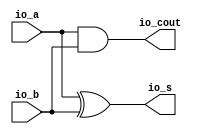
module HA( // @[:@3.2]
  output  io_s, // @[:@6.4]
  output  io_cout, // @[:@6.4]
  input   io_a, // @[:@6.4]
  input   io_b // @[:@6.4]
);
  assign io_s = io_a ^ io_b; // @[RA_Mul.scala 12:8:@11.4]
  assign io_cout = io_a & io_b; // @[RA_Mul.scala 11:11:@9.4]
endmodule
module FA( // @[:@13.2]
  output  io_s, // @[:@16.4]
  output  io_cout, // @[:@16.4]
  input   io_a, // @[:@16.4]
  input   io_b, // @[:@16.4]
  input   io_cin // @[:@16.4]
);
  wire  _T_15; // @[RA_Mul.scala 35:16:@18.4]
  wire  _T_17; // @[RA_Mul.scala 36:20:@21.4]
  wire  _T_18; // @[RA_Mul.scala 36:36:@22.4]
  wire  _T_19; // @[RA_Mul.scala 36:28:@23.4]
  wire  _T_20; // @[RA_Mul.scala 36:54:@24.4]
  assign _T_15 = io_a ^ io_b; // @[RA_Mul.scala 35:16:@18.4]
  assign _T_17 = io_a & io_b; // @[RA_Mul.scala 36:20:@21.4]
  assign _T_18 = io_a & io_cin; // @[RA_Mul.scala 36:36:@22.4]
  assign _T_19 = _T_17 | _T_18; // @[RA_Mul.scala 36:28:@23.4]
  assign _T_20 = io_b & io_cin; // @[RA_Mul.scala 36:54:@24.4]
  assign io_s = _T_15 ^ io_cin; // @[RA_Mul.scala 35:8:@20.4]
  assign io_cout = _T_19 | _T_20; // @[RA_Mul.scala 36:11:@26.4]
endmodule
module Reduction_4( // @[:@308.2]
  input   clock, // @[:@309.4]
  input   reset, // @[:@310.4]
  output  io_matrix_o_0_0, // @[:@311.4]
  output  io_matrix_o_0_1, // @[:@311.4]
  output  io_matrix_o_0_2, // @[:@311.4]
  output  io_matrix_o_0_3, // @[:@311.4]
  output  io_matrix_o_0_4, // @[:@311.4]
  output  io_matrix_o_0_5, // @[:@311.4]
  output  io_matrix_o_0_6, // @[:@311.4]
  output  io_matrix_o_0_7, // @[:@311.4]
  output  io_matrix_o_0_8, // @[:@311.4]
  output  io_matrix_o_0_9, // @[:@311.4]
  output  io_matrix_o_0_10, // @[:@311.4]
  output  io_matrix_o_0_11, // @[:@311.4]
  output  io_matrix_o_0_12, // @[:@311.4]
  output  io_matrix_o_0_13, // @[:@311.4]
  output  io_matrix_o_0_14, // @[:@311.4]
  output  io_matrix_o_0_15, // @[:@311.4]
  output  io_matrix_o_0_16, // @[:@311.4]
  output  io_matrix_o_0_17, // @[:@311.4]
  output  io_matrix_o_0_18, // @[:@311.4]
  output  io_matrix_o_0_19, // @[:@311.4]
  output  io_matrix_o_0_20, // @[:@311.4]
  output  io_matrix_o_0_21, // @[:@311.4]
  output  io_matrix_o_0_22, // @[:@311.4]
  output  io_matrix_o_0_23, // @[:@311.4]
  output  io_matrix_o_0_24, // @[:@311.4]
  output  io_matrix_o_0_25, // @[:@311.4]
  output  io_matrix_o_0_26, // @[:@311.4]
  output  io_matrix_o_0_27, // @[:@311.4]
  output  io_matrix_o_0_28, // @[:@311.4]
  output  io_matrix_o_0_29, // @[:@311.4]
  output  io_matrix_o_0_30, // @[:@311.4]
  output  io_matrix_o_0_31, // @[:@311.4]
  output  io_matrix_o_1_0, // @[:@311.4]
  output  io_matrix_o_1_1, // @[:@311.4]
  output  io_matrix_o_1_2, // @[:@311.4]
  output  io_matrix_o_1_3, // @[:@311.4]
  output  io_matrix_o_1_4, // @[:@311.4]
  output  io_matrix_o_1_5, // @[:@311.4]
  output  io_matrix_o_1_6, // @[:@311.4]
  output  io_matrix_o_1_7, // @[:@311.4]
  output  io_matrix_o_1_8, // @[:@311.4]
  output  io_matrix_o_1_9, // @[:@311.4]
  output  io_matrix_o_1_10, // @[:@311.4]
  output  io_matrix_o_1_11, // @[:@311.4]
  output  io_matrix_o_1_12, // @[:@311.4]
  output  io_matrix_o_1_13, // @[:@311.4]
  output  io_matrix_o_1_14, // @[:@311.4]
  output  io_matrix_o_1_15, // @[:@311.4]
  output  io_matrix_o_1_16, // @[:@311.4]
  output  io_matrix_o_1_17, // @[:@311.4]
  output  io_matrix_o_1_18, // @[:@311.4]
  output  io_matrix_o_1_19, // @[:@311.4]
  output  io_matrix_o_1_20, // @[:@311.4]
  output  io_matrix_o_1_21, // @[:@311.4]
  output  io_matrix_o_1_22, // @[:@311.4]
  output  io_matrix_o_1_23, // @[:@311.4]
  output  io_matrix_o_1_24, // @[:@311.4]
  output  io_matrix_o_1_25, // @[:@311.4]
  output  io_matrix_o_1_26, // @[:@311.4]
  output  io_matrix_o_1_27, // @[:@311.4]
  output  io_matrix_o_1_28, // @[:@311.4]
  output  io_matrix_o_1_29, // @[:@311.4]
  output  io_matrix_o_1_30, // @[:@311.4]
  output  io_matrix_o_1_31, // @[:@311.4]
  input   io_matrix_i_0_0, // @[:@311.4]
  input   io_matrix_i_0_1, // @[:@311.4]
  input   io_matrix_i_0_2, // @[:@311.4]
  input   io_matrix_i_0_3, // @[:@311.4]
  input   io_matrix_i_0_4, // @[:@311.4]
  input   io_matrix_i_0_5, // @[:@311.4]
  input   io_matrix_i_0_6, // @[:@311.4]
  input   io_matrix_i_0_7, // @[:@311.4]
  input   io_matrix_i_0_8, // @[:@311.4]
  input   io_matrix_i_0_9, // @[:@311.4]
  input   io_matrix_i_0_10, // @[:@311.4]
  input   io_matrix_i_0_11, // @[:@311.4]
  input   io_matrix_i_0_12, // @[:@311.4]
  input   io_matrix_i_0_13, // @[:@311.4]
  input   io_matrix_i_0_14, // @[:@311.4]
  input   io_matrix_i_0_15, // @[:@311.4]
  input   io_matrix_i_0_16, // @[:@311.4]
  input   io_matrix_i_0_17, // @[:@311.4]
  input   io_matrix_i_0_18, // @[:@311.4]
  input   io_matrix_i_0_19, // @[:@311.4]
  input   io_matrix_i_0_20, // @[:@311.4]
  input   io_matrix_i_0_21, // @[:@311.4]
  input   io_matrix_i_0_22, // @[:@311.4]
  input   io_matrix_i_0_23, // @[:@311.4]
  input   io_matrix_i_0_24, // @[:@311.4]
  input   io_matrix_i_0_25, // @[:@311.4]
  input   io_matrix_i_0_26, // @[:@311.4]
  input   io_matrix_i_0_27, // @[:@311.4]
  input   io_matrix_i_0_28, // @[:@311.4]
  input   io_matrix_i_0_29, // @[:@311.4]
  input   io_matrix_i_0_30, // @[:@311.4]
  input   io_matrix_i_0_31, // @[:@311.4]
  input   io_matrix_i_1_0, // @[:@311.4]
  input   io_matrix_i_1_1, // @[:@311.4]
  input   io_matrix_i_1_2, // @[:@311.4]
  input   io_matrix_i_1_3, // @[:@311.4]
  input   io_matrix_i_1_4, // @[:@311.4]
  input   io_matrix_i_1_5, // @[:@311.4]
  input   io_matrix_i_1_6, // @[:@311.4]
  input   io_matrix_i_1_7, // @[:@311.4]
  input   io_matrix_i_1_8, // @[:@311.4]
  input   io_matrix_i_1_9, // @[:@311.4]
  input   io_matrix_i_1_10, // @[:@311.4]
  input   io_matrix_i_1_11, // @[:@311.4]
  input   io_matrix_i_1_12, // @[:@311.4]
  input   io_matrix_i_1_13, // @[:@311.4]
  input   io_matrix_i_1_14, // @[:@311.4]
  input   io_matrix_i_1_15, // @[:@311.4]
  input   io_matrix_i_1_16, // @[:@311.4]
  input   io_matrix_i_1_17, // @[:@311.4]
  input   io_matrix_i_1_18, // @[:@311.4]
  input   io_matrix_i_1_19, // @[:@311.4]
  input   io_matrix_i_1_20, // @[:@311.4]
  input   io_matrix_i_1_21, // @[:@311.4]
  input   io_matrix_i_1_22, // @[:@311.4]
  input   io_matrix_i_1_23, // @[:@311.4]
  input   io_matrix_i_1_24, // @[:@311.4]
  input   io_matrix_i_1_25, // @[:@311.4]
  input   io_matrix_i_1_26, // @[:@311.4]
  input   io_matrix_i_1_27, // @[:@311.4]
  input   io_matrix_i_1_28, // @[:@311.4]
  input   io_matrix_i_1_29, // @[:@311.4]
  input   io_matrix_i_1_30, // @[:@311.4]
  input   io_matrix_i_1_31, // @[:@311.4]
  input   io_matrix_i_2_0, // @[:@311.4]
  input   io_matrix_i_2_1, // @[:@311.4]
  input   io_matrix_i_2_2, // @[:@311.4]
  input   io_matrix_i_2_3, // @[:@311.4]
  input   io_matrix_i_2_4, // @[:@311.4]
  input   io_matrix_i_2_5, // @[:@311.4]
  input   io_matrix_i_2_6, // @[:@311.4]
  input   io_matrix_i_2_7, // @[:@311.4]
  input   io_matrix_i_2_8, // @[:@311.4]
  input   io_matrix_i_2_9, // @[:@311.4]
  input   io_matrix_i_2_10, // @[:@311.4]
  input   io_matrix_i_2_11, // @[:@311.4]
  input   io_matrix_i_2_12, // @[:@311.4]
  input   io_matrix_i_2_13, // @[:@311.4]
  input   io_matrix_i_2_14, // @[:@311.4]
  input   io_matrix_i_2_15, // @[:@311.4]
  input   io_matrix_i_2_16, // @[:@311.4]
  input   io_matrix_i_2_17, // @[:@311.4]
  input   io_matrix_i_2_18, // @[:@311.4]
  input   io_matrix_i_2_19, // @[:@311.4]
  input   io_matrix_i_2_20, // @[:@311.4]
  input   io_matrix_i_2_21, // @[:@311.4]
  input   io_matrix_i_2_22, // @[:@311.4]
  input   io_matrix_i_2_23, // @[:@311.4]
  input   io_matrix_i_2_24, // @[:@311.4]
  input   io_matrix_i_2_25, // @[:@311.4]
  input   io_matrix_i_2_26, // @[:@311.4]
  input   io_matrix_i_2_27, // @[:@311.4]
  input   io_matrix_i_2_28, // @[:@311.4]
  input   io_matrix_i_2_29, // @[:@311.4]
  input   io_matrix_i_2_30, // @[:@311.4]
  input   io_matrix_i_2_31 // @[:@311.4]
);
  wire  HA_io_s; // @[RA_Mul.scala 18:21:@319.4]
  wire  HA_io_cout; // @[RA_Mul.scala 18:21:@319.4]
  wire  HA_io_a; // @[RA_Mul.scala 18:21:@319.4]
  wire  HA_io_b; // @[RA_Mul.scala 18:21:@319.4]
  wire  FA_io_s; // @[RA_Mul.scala 42:21:@328.4]
  wire  FA_io_cout; // @[RA_Mul.scala 42:21:@328.4]
  wire  FA_io_a; // @[RA_Mul.scala 42:21:@328.4]
  wire  FA_io_b; // @[RA_Mul.scala 42:21:@328.4]
  wire  FA_io_cin; // @[RA_Mul.scala 42:21:@328.4]
  wire  HA_1_io_s; // @[RA_Mul.scala 18:21:@337.4]
  wire  HA_1_io_cout; // @[RA_Mul.scala 18:21:@337.4]
  wire  HA_1_io_a; // @[RA_Mul.scala 18:21:@337.4]
  wire  HA_1_io_b; // @[RA_Mul.scala 18:21:@337.4]
  wire  HA_2_io_s; // @[RA_Mul.scala 18:21:@344.4]
  wire  HA_2_io_cout; // @[RA_Mul.scala 18:21:@344.4]
  wire  HA_2_io_a; // @[RA_Mul.scala 18:21:@344.4]
  wire  HA_2_io_b; // @[RA_Mul.scala 18:21:@344.4]
  wire  HA_3_io_s; // @[RA_Mul.scala 18:21:@351.4]
  wire  HA_3_io_cout; // @[RA_Mul.scala 18:21:@351.4]
  wire  HA_3_io_a; // @[RA_Mul.scala 18:21:@351.4]
  wire  HA_3_io_b; // @[RA_Mul.scala 18:21:@351.4]
  wire  HA_4_io_s; // @[RA_Mul.scala 18:21:@358.4]
  wire  HA_4_io_cout; // @[RA_Mul.scala 18:21:@358.4]
  wire  HA_4_io_a; // @[RA_Mul.scala 18:21:@358.4]
  wire  HA_4_io_b; // @[RA_Mul.scala 18:21:@358.4]
  wire  HA_5_io_s; // @[RA_Mul.scala 18:21:@365.4]
  wire  HA_5_io_cout; // @[RA_Mul.scala 18:21:@365.4]
  wire  HA_5_io_a; // @[RA_Mul.scala 18:21:@365.4]
  wire  HA_5_io_b; // @[RA_Mul.scala 18:21:@365.4]
  wire  HA_6_io_s; // @[RA_Mul.scala 18:21:@372.4]
  wire  HA_6_io_cout; // @[RA_Mul.scala 18:21:@372.4]
  wire  HA_6_io_a; // @[RA_Mul.scala 18:21:@372.4]
  wire  HA_6_io_b; // @[RA_Mul.scala 18:21:@372.4]
  wire  HA_7_io_s; // @[RA_Mul.scala 18:21:@379.4]
  wire  HA_7_io_cout; // @[RA_Mul.scala 18:21:@379.4]
  wire  HA_7_io_a; // @[RA_Mul.scala 18:21:@379.4]
  wire  HA_7_io_b; // @[RA_Mul.scala 18:21:@379.4]
  wire  FA_1_io_s; // @[RA_Mul.scala 42:21:@386.4]
  wire  FA_1_io_cout; // @[RA_Mul.scala 42:21:@386.4]
  wire  FA_1_io_a; // @[RA_Mul.scala 42:21:@386.4]
  wire  FA_1_io_b; // @[RA_Mul.scala 42:21:@386.4]
  wire  FA_1_io_cin; // @[RA_Mul.scala 42:21:@386.4]
  wire  FA_2_io_s; // @[RA_Mul.scala 42:21:@394.4]
  wire  FA_2_io_cout; // @[RA_Mul.scala 42:21:@394.4]
  wire  FA_2_io_a; // @[RA_Mul.scala 42:21:@394.4]
  wire  FA_2_io_b; // @[RA_Mul.scala 42:21:@394.4]
  wire  FA_2_io_cin; // @[RA_Mul.scala 42:21:@394.4]
  wire  FA_3_io_s; // @[RA_Mul.scala 42:21:@402.4]
  wire  FA_3_io_cout; // @[RA_Mul.scala 42:21:@402.4]
  wire  FA_3_io_a; // @[RA_Mul.scala 42:21:@402.4]
  wire  FA_3_io_b; // @[RA_Mul.scala 42:21:@402.4]
  wire  FA_3_io_cin; // @[RA_Mul.scala 42:21:@402.4]
  wire  FA_4_io_s; // @[RA_Mul.scala 42:21:@410.4]
  wire  FA_4_io_cout; // @[RA_Mul.scala 42:21:@410.4]
  wire  FA_4_io_a; // @[RA_Mul.scala 42:21:@410.4]
  wire  FA_4_io_b; // @[RA_Mul.scala 42:21:@410.4]
  wire  FA_4_io_cin; // @[RA_Mul.scala 42:21:@410.4]
  wire  FA_5_io_s; // @[RA_Mul.scala 42:21:@418.4]
  wire  FA_5_io_cout; // @[RA_Mul.scala 42:21:@418.4]
  wire  FA_5_io_a; // @[RA_Mul.scala 42:21:@418.4]
  wire  FA_5_io_b; // @[RA_Mul.scala 42:21:@418.4]
  wire  FA_5_io_cin; // @[RA_Mul.scala 42:21:@418.4]
  wire  FA_6_io_s; // @[RA_Mul.scala 42:21:@426.4]
  wire  FA_6_io_cout; // @[RA_Mul.scala 42:21:@426.4]
  wire  FA_6_io_a; // @[RA_Mul.scala 42:21:@426.4]
  wire  FA_6_io_b; // @[RA_Mul.scala 42:21:@426.4]
  wire  FA_6_io_cin; // @[RA_Mul.scala 42:21:@426.4]
  wire  FA_7_io_s; // @[RA_Mul.scala 42:21:@434.4]
  wire  FA_7_io_cout; // @[RA_Mul.scala 42:21:@434.4]
  wire  FA_7_io_a; // @[RA_Mul.scala 42:21:@434.4]
  wire  FA_7_io_b; // @[RA_Mul.scala 42:21:@434.4]
  wire  FA_7_io_cin; // @[RA_Mul.scala 42:21:@434.4]
  wire  FA_8_io_s; // @[RA_Mul.scala 42:21:@442.4]
  wire  FA_8_io_cout; // @[RA_Mul.scala 42:21:@442.4]
  wire  FA_8_io_a; // @[RA_Mul.scala 42:21:@442.4]
  wire  FA_8_io_b; // @[RA_Mul.scala 42:21:@442.4]
  wire  FA_8_io_cin; // @[RA_Mul.scala 42:21:@442.4]
  wire  FA_9_io_s; // @[RA_Mul.scala 42:21:@450.4]
  wire  FA_9_io_cout; // @[RA_Mul.scala 42:21:@450.4]
  wire  FA_9_io_a; // @[RA_Mul.scala 42:21:@450.4]
  wire  FA_9_io_b; // @[RA_Mul.scala 42:21:@450.4]
  wire  FA_9_io_cin; // @[RA_Mul.scala 42:21:@450.4]
  wire  HA_8_io_s; // @[RA_Mul.scala 18:21:@458.4]
  wire  HA_8_io_cout; // @[RA_Mul.scala 18:21:@458.4]
  wire  HA_8_io_a; // @[RA_Mul.scala 18:21:@458.4]
  wire  HA_8_io_b; // @[RA_Mul.scala 18:21:@458.4]
  wire  FA_10_io_s; // @[RA_Mul.scala 42:21:@465.4]
  wire  FA_10_io_cout; // @[RA_Mul.scala 42:21:@465.4]
  wire  FA_10_io_a; // @[RA_Mul.scala 42:21:@465.4]
  wire  FA_10_io_b; // @[RA_Mul.scala 42:21:@465.4]
  wire  FA_10_io_cin; // @[RA_Mul.scala 42:21:@465.4]
  wire  HA_9_io_s; // @[RA_Mul.scala 18:21:@473.4]
  wire  HA_9_io_cout; // @[RA_Mul.scala 18:21:@473.4]
  wire  HA_9_io_a; // @[RA_Mul.scala 18:21:@473.4]
  wire  HA_9_io_b; // @[RA_Mul.scala 18:21:@473.4]
  wire  FA_11_io_s; // @[RA_Mul.scala 42:21:@480.4]
  wire  FA_11_io_cout; // @[RA_Mul.scala 42:21:@480.4]
  wire  FA_11_io_a; // @[RA_Mul.scala 42:21:@480.4]
  wire  FA_11_io_b; // @[RA_Mul.scala 42:21:@480.4]
  wire  FA_11_io_cin; // @[RA_Mul.scala 42:21:@480.4]
  wire  HA_10_io_s; // @[RA_Mul.scala 18:21:@488.4]
  wire  HA_10_io_cout; // @[RA_Mul.scala 18:21:@488.4]
  wire  HA_10_io_a; // @[RA_Mul.scala 18:21:@488.4]
  wire  HA_10_io_b; // @[RA_Mul.scala 18:21:@488.4]
  wire  FA_12_io_s; // @[RA_Mul.scala 42:21:@496.4]
  wire  FA_12_io_cout; // @[RA_Mul.scala 42:21:@496.4]
  wire  FA_12_io_a; // @[RA_Mul.scala 42:21:@496.4]
  wire  FA_12_io_b; // @[RA_Mul.scala 42:21:@496.4]
  wire  FA_12_io_cin; // @[RA_Mul.scala 42:21:@496.4]
  HA HA ( // @[RA_Mul.scala 18:21:@319.4]
    .io_s(HA_io_s),
    .io_cout(HA_io_cout),
    .io_a(HA_io_a),
    .io_b(HA_io_b)
  );
  FA FA ( // @[RA_Mul.scala 42:21:@328.4]
    .io_s(FA_io_s),
    .io_cout(FA_io_cout),
    .io_a(FA_io_a),
    .io_b(FA_io_b),
    .io_cin(FA_io_cin)
  );
  HA HA_1 ( // @[RA_Mul.scala 18:21:@337.4]
    .io_s(HA_1_io_s),
    .io_cout(HA_1_io_cout),
    .io_a(HA_1_io_a),
    .io_b(HA_1_io_b)
  );
  HA HA_2 ( // @[RA_Mul.scala 18:21:@344.4]
    .io_s(HA_2_io_s),
    .io_cout(HA_2_io_cout),
    .io_a(HA_2_io_a),
    .io_b(HA_2_io_b)
  );
  HA HA_3 ( // @[RA_Mul.scala 18:21:@351.4]
    .io_s(HA_3_io_s),
    .io_cout(HA_3_io_cout),
    .io_a(HA_3_io_a),
    .io_b(HA_3_io_b)
  );
  HA HA_4 ( // @[RA_Mul.scala 18:21:@358.4]
    .io_s(HA_4_io_s),
    .io_cout(HA_4_io_cout),
    .io_a(HA_4_io_a),
    .io_b(HA_4_io_b)
  );
  HA HA_5 ( // @[RA_Mul.scala 18:21:@365.4]
    .io_s(HA_5_io_s),
    .io_cout(HA_5_io_cout),
    .io_a(HA_5_io_a),
    .io_b(HA_5_io_b)
  );
  HA HA_6 ( // @[RA_Mul.scala 18:21:@372.4]
    .io_s(HA_6_io_s),
    .io_cout(HA_6_io_cout),
    .io_a(HA_6_io_a),
    .io_b(HA_6_io_b)
  );
  HA HA_7 ( // @[RA_Mul.scala 18:21:@379.4]
    .io_s(HA_7_io_s),
    .io_cout(HA_7_io_cout),
    .io_a(HA_7_io_a),
    .io_b(HA_7_io_b)
  );
  FA FA_1 ( // @[RA_Mul.scala 42:21:@386.4]
    .io_s(FA_1_io_s),
    .io_cout(FA_1_io_cout),
    .io_a(FA_1_io_a),
    .io_b(FA_1_io_b),
    .io_cin(FA_1_io_cin)
  );
  FA FA_2 ( // @[RA_Mul.scala 42:21:@394.4]
    .io_s(FA_2_io_s),
    .io_cout(FA_2_io_cout),
    .io_a(FA_2_io_a),
    .io_b(FA_2_io_b),
    .io_cin(FA_2_io_cin)
  );
  FA FA_3 ( // @[RA_Mul.scala 42:21:@402.4]
    .io_s(FA_3_io_s),
    .io_cout(FA_3_io_cout),
    .io_a(FA_3_io_a),
    .io_b(FA_3_io_b),
    .io_cin(FA_3_io_cin)
  );
  FA FA_4 ( // @[RA_Mul.scala 42:21:@410.4]
    .io_s(FA_4_io_s),
    .io_cout(FA_4_io_cout),
    .io_a(FA_4_io_a),
    .io_b(FA_4_io_b),
    .io_cin(FA_4_io_cin)
  );
  FA FA_5 ( // @[RA_Mul.scala 42:21:@418.4]
    .io_s(FA_5_io_s),
    .io_cout(FA_5_io_cout),
    .io_a(FA_5_io_a),
    .io_b(FA_5_io_b),
    .io_cin(FA_5_io_cin)
  );
  FA FA_6 ( // @[RA_Mul.scala 42:21:@426.4]
    .io_s(FA_6_io_s),
    .io_cout(FA_6_io_cout),
    .io_a(FA_6_io_a),
    .io_b(FA_6_io_b),
    .io_cin(FA_6_io_cin)
  );
  FA FA_7 ( // @[RA_Mul.scala 42:21:@434.4]
    .io_s(FA_7_io_s),
    .io_cout(FA_7_io_cout),
    .io_a(FA_7_io_a),
    .io_b(FA_7_io_b),
    .io_cin(FA_7_io_cin)
  );
  FA FA_8 ( // @[RA_Mul.scala 42:21:@442.4]
    .io_s(FA_8_io_s),
    .io_cout(FA_8_io_cout),
    .io_a(FA_8_io_a),
    .io_b(FA_8_io_b),
    .io_cin(FA_8_io_cin)
  );
  FA FA_9 ( // @[RA_Mul.scala 42:21:@450.4]
    .io_s(FA_9_io_s),
    .io_cout(FA_9_io_cout),
    .io_a(FA_9_io_a),
    .io_b(FA_9_io_b),
    .io_cin(FA_9_io_cin)
  );
  HA HA_8 ( // @[RA_Mul.scala 18:21:@458.4]
    .io_s(HA_8_io_s),
    .io_cout(HA_8_io_cout),
    .io_a(HA_8_io_a),
    .io_b(HA_8_io_b)
  );
  FA FA_10 ( // @[RA_Mul.scala 42:21:@465.4]
    .io_s(FA_10_io_s),
    .io_cout(FA_10_io_cout),
    .io_a(FA_10_io_a),
    .io_b(FA_10_io_b),
    .io_cin(FA_10_io_cin)
  );
  HA HA_9 ( // @[RA_Mul.scala 18:21:@473.4]
    .io_s(HA_9_io_s),
    .io_cout(HA_9_io_cout),
    .io_a(HA_9_io_a),
    .io_b(HA_9_io_b)
  );
  FA FA_11 ( // @[RA_Mul.scala 42:21:@480.4]
    .io_s(FA_11_io_s),
    .io_cout(FA_11_io_cout),
    .io_a(FA_11_io_a),
    .io_b(FA_11_io_b),
    .io_cin(FA_11_io_cin)
  );
  HA HA_10 ( // @[RA_Mul.scala 18:21:@488.4]
    .io_s(HA_10_io_s),
    .io_cout(HA_10_io_cout),
    .io_a(HA_10_io_a),
    .io_b(HA_10_io_b)
  );
  FA FA_12 ( // @[RA_Mul.scala 42:21:@496.4]
    .io_s(FA_12_io_s),
    .io_cout(FA_12_io_cout),
    .io_a(FA_12_io_a),
    .io_b(FA_12_io_b),
    .io_cin(FA_12_io_cin)
  );
  assign io_matrix_o_0_0 = io_matrix_i_0_0; // @[RA_Mul.scala 515:23:@313.4]
  assign io_matrix_o_0_1 = io_matrix_i_0_1; // @[RA_Mul.scala 515:23:@315.4]
  assign io_matrix_o_0_2 = io_matrix_i_0_2; // @[RA_Mul.scala 515:23:@317.4]
  assign io_matrix_o_0_3 = HA_io_s; // @[RA_Mul.scala 21:7:@324.4]
  assign io_matrix_o_0_4 = io_matrix_i_0_4; // @[RA_Mul.scala 522:21:@327.4]
  assign io_matrix_o_0_5 = FA_io_s; // @[RA_Mul.scala 46:7:@334.4]
  assign io_matrix_o_0_6 = HA_1_io_s; // @[RA_Mul.scala 21:7:@342.4]
  assign io_matrix_o_0_7 = HA_2_io_s; // @[RA_Mul.scala 21:7:@349.4]
  assign io_matrix_o_0_8 = HA_3_io_s; // @[RA_Mul.scala 21:7:@356.4]
  assign io_matrix_o_0_9 = HA_4_io_s; // @[RA_Mul.scala 21:7:@363.4]
  assign io_matrix_o_0_10 = HA_5_io_s; // @[RA_Mul.scala 21:7:@370.4]
  assign io_matrix_o_0_11 = HA_6_io_s; // @[RA_Mul.scala 21:7:@377.4]
  assign io_matrix_o_0_12 = HA_7_io_s; // @[RA_Mul.scala 21:7:@384.4]
  assign io_matrix_o_0_13 = FA_1_io_s; // @[RA_Mul.scala 46:7:@392.4]
  assign io_matrix_o_0_14 = FA_2_io_s; // @[RA_Mul.scala 46:7:@400.4]
  assign io_matrix_o_0_15 = FA_3_io_s; // @[RA_Mul.scala 46:7:@408.4]
  assign io_matrix_o_0_16 = FA_4_io_s; // @[RA_Mul.scala 46:7:@416.4]
  assign io_matrix_o_0_17 = FA_5_io_s; // @[RA_Mul.scala 46:7:@424.4]
  assign io_matrix_o_0_18 = FA_6_io_s; // @[RA_Mul.scala 46:7:@432.4]
  assign io_matrix_o_0_19 = FA_7_io_s; // @[RA_Mul.scala 46:7:@440.4]
  assign io_matrix_o_0_20 = FA_8_io_s; // @[RA_Mul.scala 46:7:@448.4]
  assign io_matrix_o_0_21 = FA_9_io_s; // @[RA_Mul.scala 46:7:@456.4]
  assign io_matrix_o_0_22 = HA_8_io_s; // @[RA_Mul.scala 21:7:@463.4]
  assign io_matrix_o_0_23 = FA_10_io_s; // @[RA_Mul.scala 46:7:@471.4]
  assign io_matrix_o_0_24 = HA_9_io_s; // @[RA_Mul.scala 21:7:@478.4]
  assign io_matrix_o_0_25 = FA_11_io_s; // @[RA_Mul.scala 46:7:@486.4]
  assign io_matrix_o_0_26 = HA_10_io_s; // @[RA_Mul.scala 21:7:@493.4]
  assign io_matrix_o_0_27 = io_matrix_i_0_27; // @[RA_Mul.scala 542:22:@495.4]
  assign io_matrix_o_0_28 = FA_12_io_s; // @[RA_Mul.scala 46:7:@502.4]
  assign io_matrix_o_0_29 = io_matrix_i_0_29; // @[RA_Mul.scala 547:22:@505.4]
  assign io_matrix_o_0_30 = io_matrix_i_0_30; // @[RA_Mul.scala 549:22:@506.4]
  assign io_matrix_o_0_31 = io_matrix_i_0_31; // @[RA_Mul.scala 552:22:@508.4]
  assign io_matrix_o_1_0 = 1'h0; // @[RA_Mul.scala 510:19:@314.4]
  assign io_matrix_o_1_1 = 1'h0; // @[RA_Mul.scala 510:19:@316.4]
  assign io_matrix_o_1_2 = 1'h0; // @[RA_Mul.scala 510:19:@318.4]
  assign io_matrix_o_1_3 = 1'h0; // @[RA_Mul.scala 510:19:@326.4]
  assign io_matrix_o_1_4 = HA_io_cout; // @[RA_Mul.scala 22:10:@325.4]
  assign io_matrix_o_1_5 = 1'h0; // @[RA_Mul.scala 510:19:@336.4]
  assign io_matrix_o_1_6 = FA_io_cout; // @[RA_Mul.scala 47:10:@335.4]
  assign io_matrix_o_1_7 = HA_1_io_cout; // @[RA_Mul.scala 22:10:@343.4]
  assign io_matrix_o_1_8 = HA_2_io_cout; // @[RA_Mul.scala 22:10:@350.4]
  assign io_matrix_o_1_9 = HA_3_io_cout; // @[RA_Mul.scala 22:10:@357.4]
  assign io_matrix_o_1_10 = HA_4_io_cout; // @[RA_Mul.scala 22:10:@364.4]
  assign io_matrix_o_1_11 = HA_5_io_cout; // @[RA_Mul.scala 22:10:@371.4]
  assign io_matrix_o_1_12 = HA_6_io_cout; // @[RA_Mul.scala 22:10:@378.4]
  assign io_matrix_o_1_13 = HA_7_io_cout; // @[RA_Mul.scala 22:10:@385.4]
  assign io_matrix_o_1_14 = FA_1_io_cout; // @[RA_Mul.scala 47:10:@393.4]
  assign io_matrix_o_1_15 = FA_2_io_cout; // @[RA_Mul.scala 47:10:@401.4]
  assign io_matrix_o_1_16 = FA_3_io_cout; // @[RA_Mul.scala 47:10:@409.4]
  assign io_matrix_o_1_17 = FA_4_io_cout; // @[RA_Mul.scala 47:10:@417.4]
  assign io_matrix_o_1_18 = FA_5_io_cout; // @[RA_Mul.scala 47:10:@425.4]
  assign io_matrix_o_1_19 = FA_6_io_cout; // @[RA_Mul.scala 47:10:@433.4]
  assign io_matrix_o_1_20 = FA_7_io_cout; // @[RA_Mul.scala 47:10:@441.4]
  assign io_matrix_o_1_21 = FA_8_io_cout; // @[RA_Mul.scala 47:10:@449.4]
  assign io_matrix_o_1_22 = FA_9_io_cout; // @[RA_Mul.scala 47:10:@457.4]
  assign io_matrix_o_1_23 = HA_8_io_cout; // @[RA_Mul.scala 22:10:@464.4]
  assign io_matrix_o_1_24 = FA_10_io_cout; // @[RA_Mul.scala 47:10:@472.4]
  assign io_matrix_o_1_25 = HA_9_io_cout; // @[RA_Mul.scala 22:10:@479.4]
  assign io_matrix_o_1_26 = FA_11_io_cout; // @[RA_Mul.scala 47:10:@487.4]
  assign io_matrix_o_1_27 = HA_10_io_cout; // @[RA_Mul.scala 22:10:@494.4]
  assign io_matrix_o_1_28 = 1'h0; // @[RA_Mul.scala 510:19:@504.4]
  assign io_matrix_o_1_29 = FA_12_io_cout; // @[RA_Mul.scala 47:10:@503.4]
  assign io_matrix_o_1_30 = 1'h0; // @[RA_Mul.scala 510:19:@507.4]
  assign io_matrix_o_1_31 = io_matrix_i_1_31; // @[RA_Mul.scala 553:22:@509.4]
  assign HA_io_a = io_matrix_i_0_3; // @[RA_Mul.scala 19:14:@322.4]
  assign HA_io_b = io_matrix_i_1_3; // @[RA_Mul.scala 20:14:@323.4]
  assign FA_io_a = io_matrix_i_0_5; // @[RA_Mul.scala 43:14:@331.4]
  assign FA_io_b = io_matrix_i_1_5; // @[RA_Mul.scala 44:14:@332.4]
  assign FA_io_cin = io_matrix_i_2_5; // @[RA_Mul.scala 45:16:@333.4]
  assign HA_1_io_a = io_matrix_i_0_6; // @[RA_Mul.scala 19:14:@340.4]
  assign HA_1_io_b = io_matrix_i_1_6; // @[RA_Mul.scala 20:14:@341.4]
  assign HA_2_io_a = io_matrix_i_0_7; // @[RA_Mul.scala 19:14:@347.4]
  assign HA_2_io_b = io_matrix_i_1_7; // @[RA_Mul.scala 20:14:@348.4]
  assign HA_3_io_a = io_matrix_i_0_8; // @[RA_Mul.scala 19:14:@354.4]
  assign HA_3_io_b = io_matrix_i_1_8; // @[RA_Mul.scala 20:14:@355.4]
  assign HA_4_io_a = io_matrix_i_0_9; // @[RA_Mul.scala 19:14:@361.4]
  assign HA_4_io_b = io_matrix_i_1_9; // @[RA_Mul.scala 20:14:@362.4]
  assign HA_5_io_a = io_matrix_i_0_10; // @[RA_Mul.scala 19:14:@368.4]
  assign HA_5_io_b = io_matrix_i_1_10; // @[RA_Mul.scala 20:14:@369.4]
  assign HA_6_io_a = io_matrix_i_0_11; // @[RA_Mul.scala 19:14:@375.4]
  assign HA_6_io_b = io_matrix_i_1_11; // @[RA_Mul.scala 20:14:@376.4]
  assign HA_7_io_a = io_matrix_i_0_12; // @[RA_Mul.scala 19:14:@382.4]
  assign HA_7_io_b = io_matrix_i_1_12; // @[RA_Mul.scala 20:14:@383.4]
  assign FA_1_io_a = io_matrix_i_0_13; // @[RA_Mul.scala 43:14:@389.4]
  assign FA_1_io_b = io_matrix_i_1_13; // @[RA_Mul.scala 44:14:@390.4]
  assign FA_1_io_cin = io_matrix_i_2_13; // @[RA_Mul.scala 45:16:@391.4]
  assign FA_2_io_a = io_matrix_i_0_14; // @[RA_Mul.scala 43:14:@397.4]
  assign FA_2_io_b = io_matrix_i_1_14; // @[RA_Mul.scala 44:14:@398.4]
  assign FA_2_io_cin = io_matrix_i_2_14; // @[RA_Mul.scala 45:16:@399.4]
  assign FA_3_io_a = io_matrix_i_0_15; // @[RA_Mul.scala 43:14:@405.4]
  assign FA_3_io_b = io_matrix_i_1_15; // @[RA_Mul.scala 44:14:@406.4]
  assign FA_3_io_cin = io_matrix_i_2_15; // @[RA_Mul.scala 45:16:@407.4]
  assign FA_4_io_a = io_matrix_i_0_16; // @[RA_Mul.scala 43:14:@413.4]
  assign FA_4_io_b = io_matrix_i_1_16; // @[RA_Mul.scala 44:14:@414.4]
  assign FA_4_io_cin = io_matrix_i_2_16; // @[RA_Mul.scala 45:16:@415.4]
  assign FA_5_io_a = io_matrix_i_0_17; // @[RA_Mul.scala 43:14:@421.4]
  assign FA_5_io_b = io_matrix_i_1_17; // @[RA_Mul.scala 44:14:@422.4]
  assign FA_5_io_cin = io_matrix_i_2_17; // @[RA_Mul.scala 45:16:@423.4]
  assign FA_6_io_a = io_matrix_i_0_18; // @[RA_Mul.scala 43:14:@429.4]
  assign FA_6_io_b = io_matrix_i_1_18; // @[RA_Mul.scala 44:14:@430.4]
  assign FA_6_io_cin = io_matrix_i_2_18; // @[RA_Mul.scala 45:16:@431.4]
  assign FA_7_io_a = io_matrix_i_0_19; // @[RA_Mul.scala 43:14:@437.4]
  assign FA_7_io_b = io_matrix_i_1_19; // @[RA_Mul.scala 44:14:@438.4]
  assign FA_7_io_cin = io_matrix_i_2_19; // @[RA_Mul.scala 45:16:@439.4]
  assign FA_8_io_a = io_matrix_i_0_20; // @[RA_Mul.scala 43:14:@445.4]
  assign FA_8_io_b = io_matrix_i_1_20; // @[RA_Mul.scala 44:14:@446.4]
  assign FA_8_io_cin = io_matrix_i_2_20; // @[RA_Mul.scala 45:16:@447.4]
  assign FA_9_io_a = io_matrix_i_0_21; // @[RA_Mul.scala 43:14:@453.4]
  assign FA_9_io_b = io_matrix_i_1_21; // @[RA_Mul.scala 44:14:@454.4]
  assign FA_9_io_cin = io_matrix_i_2_21; // @[RA_Mul.scala 45:16:@455.4]
  assign HA_8_io_a = io_matrix_i_0_22; // @[RA_Mul.scala 19:14:@461.4]
  assign HA_8_io_b = io_matrix_i_1_22; // @[RA_Mul.scala 20:14:@462.4]
  assign FA_10_io_a = io_matrix_i_0_23; // @[RA_Mul.scala 43:14:@468.4]
  assign FA_10_io_b = io_matrix_i_1_23; // @[RA_Mul.scala 44:14:@469.4]
  assign FA_10_io_cin = io_matrix_i_2_23; // @[RA_Mul.scala 45:16:@470.4]
  assign HA_9_io_a = io_matrix_i_0_24; // @[RA_Mul.scala 19:14:@476.4]
  assign HA_9_io_b = io_matrix_i_1_24; // @[RA_Mul.scala 20:14:@477.4]
  assign FA_11_io_a = io_matrix_i_0_25; // @[RA_Mul.scala 43:14:@483.4]
  assign FA_11_io_b = io_matrix_i_1_25; // @[RA_Mul.scala 44:14:@484.4]
  assign FA_11_io_cin = io_matrix_i_2_25; // @[RA_Mul.scala 45:16:@485.4]
  assign HA_10_io_a = io_matrix_i_0_26; // @[RA_Mul.scala 19:14:@491.4]
  assign HA_10_io_b = io_matrix_i_1_26; // @[RA_Mul.scala 20:14:@492.4]
  assign FA_12_io_a = io_matrix_i_0_28; // @[RA_Mul.scala 43:14:@499.4]
  assign FA_12_io_b = io_matrix_i_1_28; // @[RA_Mul.scala 44:14:@500.4]
  assign FA_12_io_cin = io_matrix_i_2_28; // @[RA_Mul.scala 45:16:@501.4]
endmodule